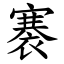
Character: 褰